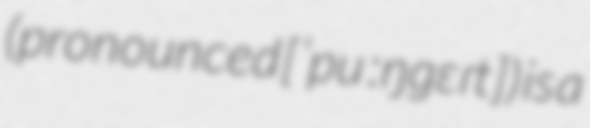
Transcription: (pronounced [ˈpuːŋɡɛɾt]) is a